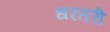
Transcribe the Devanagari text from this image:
धरतरी